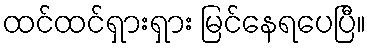
ထင်ထင်ရှားရှား မြင်နေရပေပြီ။